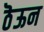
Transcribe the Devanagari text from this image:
ठॆऊन